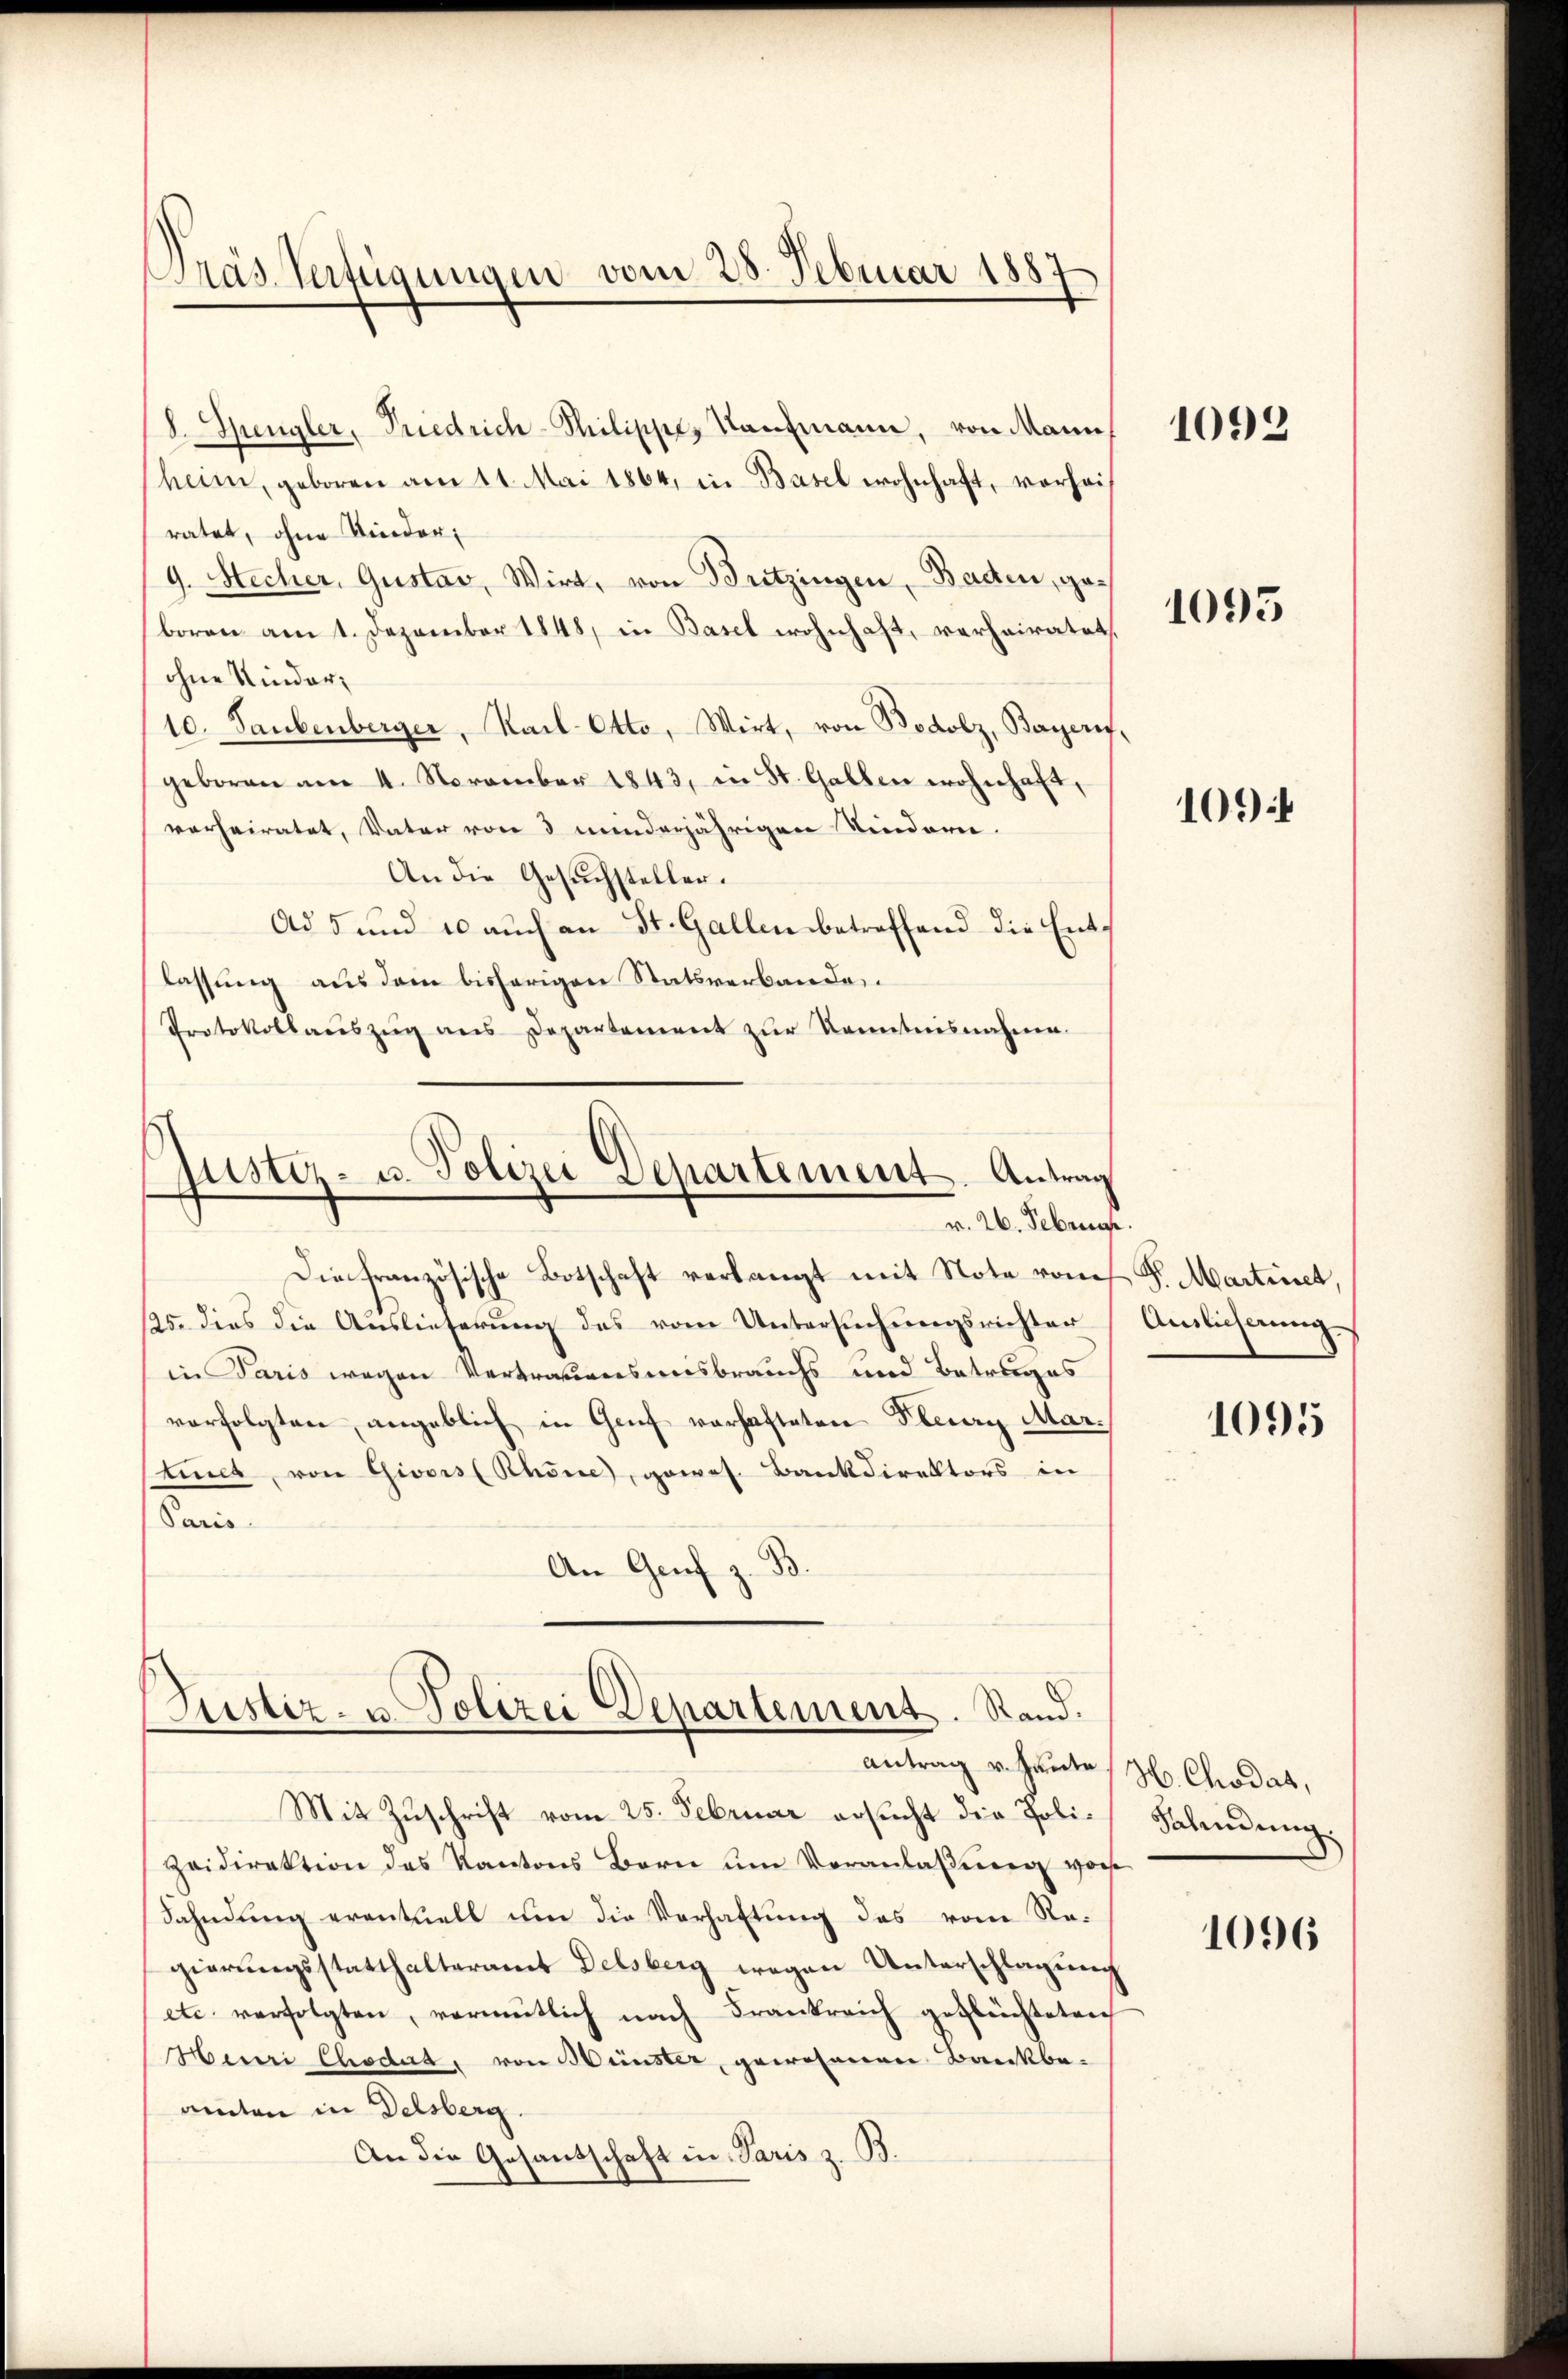
Pras. Verfügungen vom 28. Februar 1887

8. Spengler, Friedrich-Silippe, Tanzmann, von Mann,
heim, geboren am 11. Mai 1864, in Basel wohnhaft, vorheiratet, ohne Kinder;
9. Hecher, Gustav, Wirt, von Bützingen, Baden, geboren am 1. Dezember 1848, in Basel wohnhaft, verhairatet
ohne Kinder¬
10. Taubenberger, Kail-Otto, Wirt, von Bodolz, Bayerit,
geboren am 4. November 1843, in St. Gallen wohnhaft,
verheiratet, Vater von 3 minderjährigen Kindern.
An die Gesuchsteller.
Ad 5 und 10 aŭch an St. Gallen betreffend die Entlassung aus dem bisherigen Statsverbandes¬
Protokollaŭszŭg ans Departement zŭr Kenntnisnahme.
Justiz- u. Polizei Departement. Antrag
v. 26. Februar.
Die französische Botschaft verlangt mit Note vom
125. dies die Auslieferung des vom Untersuchungsrichter
in Paris wegen Vertrauensausbrauchs und Betruges
verfolgten angeblich in Genf verhafteten Flury Marteilt, von Givois (Rhone, gewes. Bankdirektors in
Paris
An Genf z. B.

Justiz- u. Polizei Departement. Stand.

Mit Zuschrift vom 25. Februar ersucht die Poli¬
Zeidirektion des Kantons Bern ŭm Veranlaßung vor
Sahndung eventuell um die Verhaltung das vom Regierŭngsstatthalteramt Delsberg wegen Unterschlagŭng
etc. verfolgten, vermutlich nach Frankreich geflüchteten
Henri Chodat, von Münster, gewesenen Bankba-
amten in Delsberg.
An die Gesandschaft in Paris z. B.

Antrag v. Heute (H. Chodat,

1092

1095

109

Pr. Martinet,
Auslieferung

1095

Fahndung

1096